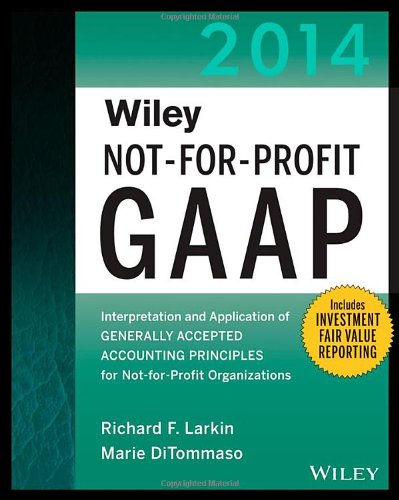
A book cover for Wiley Not-for-Profit GAAP 2014: Interpretation and Application of Generally Accepted Accounting Principles (Wiley Not-For-Profit GAAP: Interpretation ... of GenerallyAccepted Accounting Principles); Richard F. Larkin; Test Preparation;